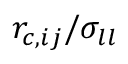
r _ { c , i j } / \sigma _ { l l }